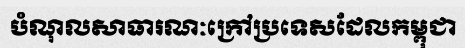
បំណុលសាធារណៈក្រៅប្រទេសដែលកម្ពុជា